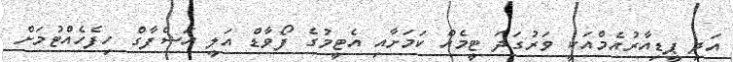
އަދި ޕީޑިއާރުއެމްއަކީ ވަރުގަދަ ޓީމެއް ކަމަށާއި އެޓީމުގެ ފޯވާޑް އަލީ އަޝްފާގް ހިފެހެއްޓުމަށް